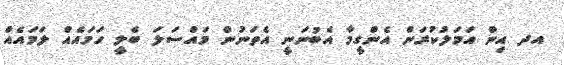
އދ އިން އަމަލުކުރަން އެންގީމާ އެބުނަނީ އެތަނުން މައްސަލަ ބެލީ ހަމައެއް ލަމައެއް